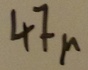
Text: 47µ